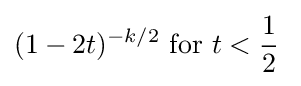
(1-2t)^{-k/2}{\text{ for }}t<{\frac {1}{2}}\;